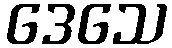
ဒေသေ